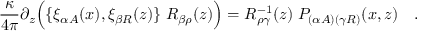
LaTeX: { \frac { \kappa } { 4 \pi } } \partial _ { z } \Bigl ( \{ \xi _ { \alpha A } ( x ) , \xi _ { \beta R } ( z ) \} \; R _ { \beta \rho } ( z ) \Bigr ) = R _ { \rho \gamma } ^ { - 1 } ( z ) \; P _ { ( \alpha A ) ( \gamma R ) } ( x , z ) \quad .